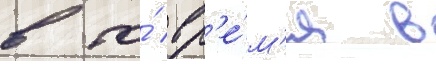
в то́ вр'е́м'я в